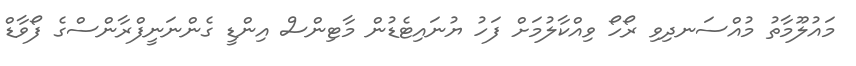
މައުލޫމާތު މުއްސަނދިވި ރޯހޯ ވިއްކާލުމަށް ފަހު ޔުނައިޓެޑުން މާޓިންސް އިންޑީ ގެންނަނީފްރާންސްގެ ފޯވާޑް